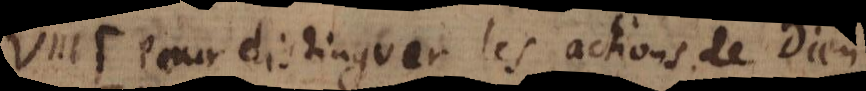
VIII. Pour distinguer les actions de Dieu